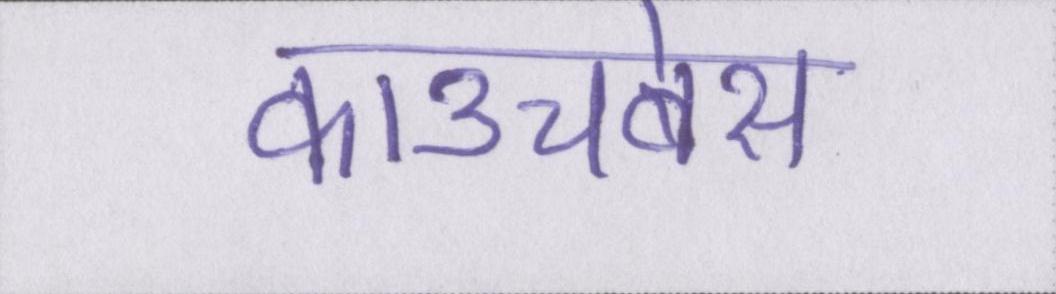
काउचबेस